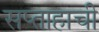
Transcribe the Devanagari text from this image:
सप्ताहाची